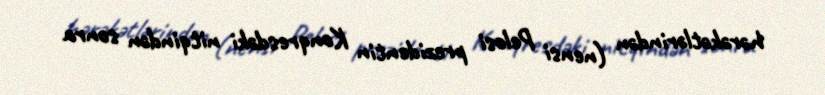
hərəkətlərindən (nensi Pelosi prezidentin Konqresdəki nitqindən sonra